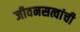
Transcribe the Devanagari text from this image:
जीवनसत्वांची